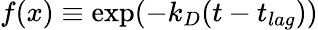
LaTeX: f(x)\equiv\exp(-k_{D}(t-t_{lag}))